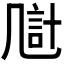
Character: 𪞴